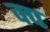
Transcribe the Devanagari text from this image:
क्प